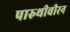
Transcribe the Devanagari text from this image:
पारुथीवीरन